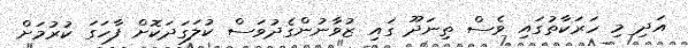
އަދި މި ހަރަކާތުގައި ވެސް ތިނަދޫ ގައި ޒުވާނުންގެދުވަސް ކުލަގަދަކޮށް ފާހަގަ ކުރުމަށް